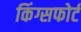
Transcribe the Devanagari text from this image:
किंग्सफोर्ट